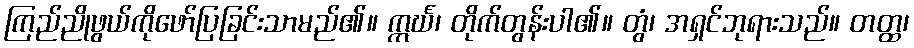
ကြည်ညိုဖွယ်ကိုဖော်ပြခြင်းသာမည်၏။ ဣင်္ဃ၊ တိုက်တွန်းပါ၏။ တွံ၊ အရှင်ဘုရားသည်။ တတ္ထ၊